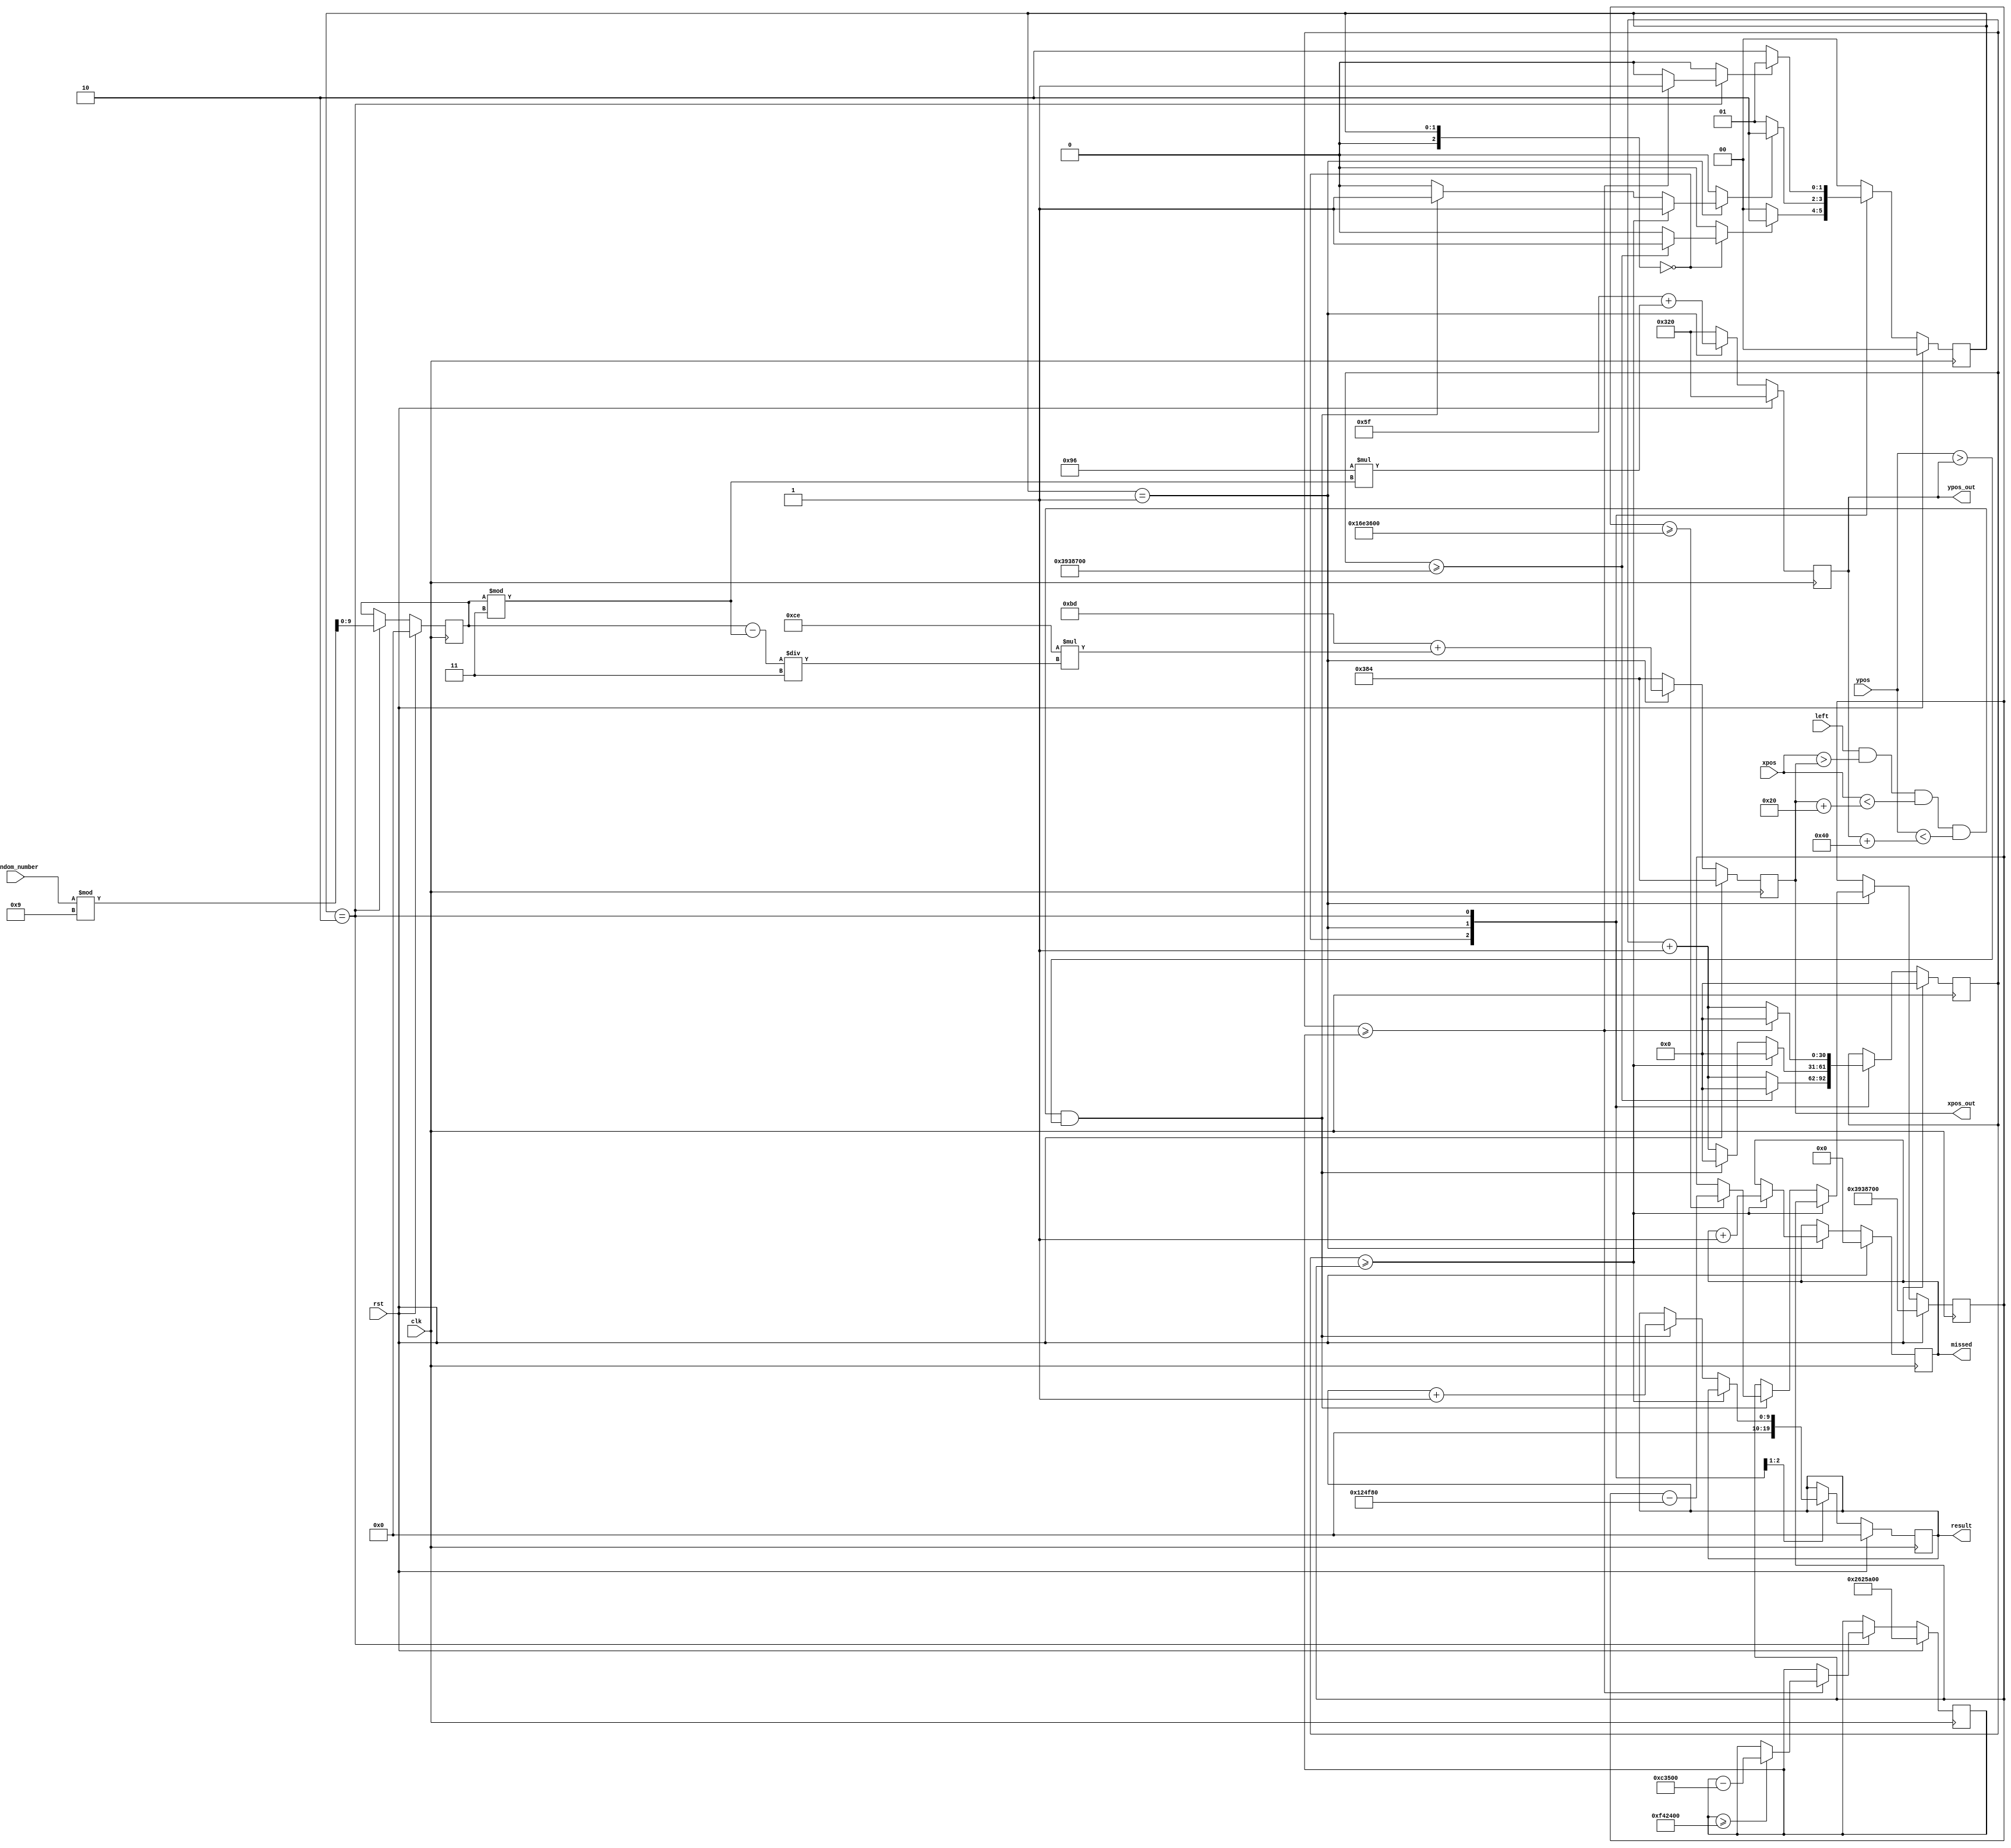
`timescale 1ns / 1ps
//////////////////////////////////////////////////////////////////////////////////
// Company: 
// Engineer: 
// 
// Design Name: 
// Module Name: main_mole
// Project Name: 
// Target Devices: 
// Tool Versions: 
// Description: 
// 
// Dependencies: 
// 
// Revision:
// Revision 0.01 - File Created
// Additional Comments:
// 
//////////////////////////////////////////////////////////////////////////////////


module main_mole
        # ( parameter
         HOLE_1_Y = 134,
         HOLE_1_X = 186,
        
         MOLE_HEIGHT = 64,
         MOLE_WIDTH = 32,
         
         DELAY_SHOW_DECREASE = 30 * 40000,
         DELAY_WAIT_DECREASE = 20 * 40000,
         DELAY_WAIT = 1000 * 40000,
         DELAY_SHOW = 1500 * 40000,
         DELAY_SHOW_MIN = 600 * 40000, 
         DELAY_WAIT_MIN = 400 * 40000,
         INIT_DELAY = 1500 * 40000
         
         
         
    )
    (
    input wire rst,
    input wire clk,
    input wire [11:0] xpos,
    input wire [11:0] ypos,
    input wire left,
    input wire [9:0] random_number,
    
    output reg [3:0] missed,
    output reg [11:0] xpos_out,
    output reg [11:0] ypos_out,
    output reg [9:0] result
    );

reg [3:0] missed_nxt = 0;
reg [9:0] result_nxt = 0;  
reg  next, delayed,start;
reg [11:0] xpos_nxt,ypos_nxt;
reg [9:0] random,random_nxt;
reg [30:0]  delay=0, delay_nxt=0; 
reg [30:0] delay_wait, delay_wait_nxt;
reg [30:0] delay_show, delay_show_nxt;
    
reg [2:0]   state = 2'b00, 
            state_nxt = 2'b00;  
            
localparam MOLE1_X = HOLE_1_X + 3,
           MOLE1_Y = HOLE_1_Y  - 39;
           
                
localparam   INIT = 2'b00,
             SHOW = 2'b01,
             WAIT = 2'b10; 
         
    always @(posedge clk) begin
           if(rst) 
              begin 
                 state <= INIT; 
                 delay <= 31'b0;
                 random <=10'b0;
                 xpos_out <= 900;
                 ypos_out <= 800;
                 delay_show <= DELAY_SHOW;
                 delay_wait <= DELAY_WAIT;
                 result <= 10'b0;
                 missed <= 1'b0;
                 
              end
            else
              begin
                delay <= delay_nxt;
                state <= state_nxt;
                random <=random_nxt;
                xpos_out <= xpos_nxt;
                ypos_out <= ypos_nxt;
                delay_show <= delay_show_nxt;
                delay_wait <= delay_wait_nxt;
                result <= result_nxt;
                missed <= missed_nxt;
                                 
             end
            end
    
    always @* begin
    
        case (state)
            INIT:            state_nxt = ( start == 1 )     ?   WAIT: INIT;
            SHOW:            state_nxt = ( next == 1 )      ?   WAIT: SHOW;
            WAIT:            state_nxt = ( delayed == 1  )  ?   SHOW: WAIT;
            default:         state_nxt =                        INIT;  
        endcase
    end
    
    always @* begin
        delay_nxt = delay;
        delayed = 0;
        next = 0;
        start = 0;
        missed_nxt = missed;
        xpos_nxt = xpos_out;
        ypos_nxt =ypos_out;
        random_nxt = random;
        result_nxt=result;
        delay_wait_nxt = delay_wait;
        delay_show_nxt = delay_show;
        case (state)
            INIT:
                 begin
                        result_nxt = 0;
                        xpos_nxt = 900;
                        ypos_nxt= 800;
                        delay_nxt = delay + 1; 
                        if(delay>=INIT_DELAY)
                               begin
                                  delay_nxt=0;
                                  start =1;
                               end
                 end
            SHOW:  
                 begin
                    delay_nxt = delay + 1; 
                    xpos_nxt = MOLE1_X + (206 * ((random-random%3)/3));
                    ypos_nxt = MOLE1_Y + (150 * (random%3));
                    if(delay>=delay_show)
                      begin
                        delay_nxt=0;
                        next = 1;
                        missed_nxt = missed + 1;
                      end 
                    else if (left == 1 && (xpos > xpos_out) && (xpos < (xpos_out + MOLE_WIDTH)) && (ypos < ypos_out +MOLE_HEIGHT) &&  (ypos > ypos_out) ) begin
                        delay_nxt = 0;
                        next = 1;
                        result_nxt = (result +1);
                        if (delay_show >= DELAY_SHOW_MIN) delay_show_nxt <= delay_show - DELAY_SHOW_DECREASE;
                        end
                     end    
                                    
             WAIT: 
                begin
                    delay_nxt = delay + 1; 
                    xpos_nxt = 900;
                    ypos_nxt= 800;
                    random_nxt = random_number%9;
                        if(delay>=delay_wait)
                          begin
                            delay_nxt=0;
                            delayed=1;
                            if (delay_wait >= DELAY_WAIT_MIN)delay_wait_nxt <= delay_wait - DELAY_WAIT_DECREASE;
                          end 
                end
             default:
                begin
                    xpos_nxt = 900;
                    ypos_nxt= 800;
                end
        endcase
    end
    
endmodule